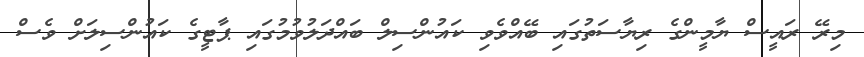
މިރޭ ރައީސް ޔާމީންގެ ރިޔާސަތުގައި ބޭއްވެވި ކައުންސިލް ބައްދަލުވުމުގައި ޕާޓީގެ ކައުންސިލަށް ވެސް